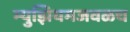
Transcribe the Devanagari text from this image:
म्युझियमजवळच